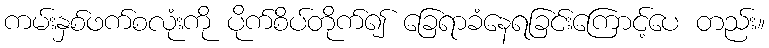
ကမ်းနှစ်ဖက်စလုံးကို ပိုက်စိပ်တိုက်၍ ခြေရာခံနေရခြင်းကြောင့်ပေ တည်း။